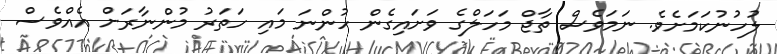
ލުހުނުކަމަށެވެ. ނަމަވެސް ތާޖް މަހަލްގެ ވަށައިގެން ހުންނަ މައި ހަތަރު މުންނާރަށް އެއްވެސް